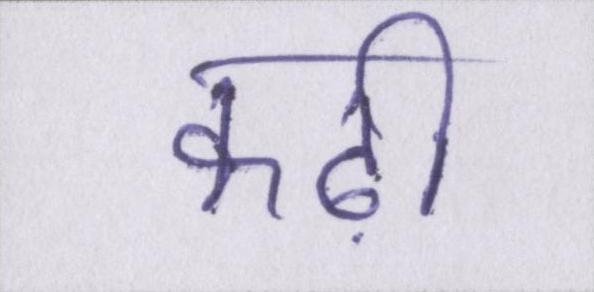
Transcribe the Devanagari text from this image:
कढ़ी